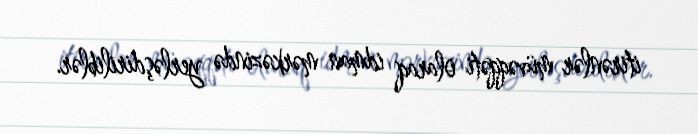
itirənlər müvəqqəti olaraq idman mərkəzində yerləşdiriliblər.